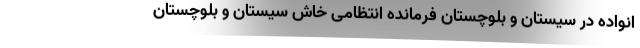
انواده در سیستان و بلوچستان فرمانده انتظامی خاش سیستان و بلوچستان